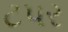
ટપર